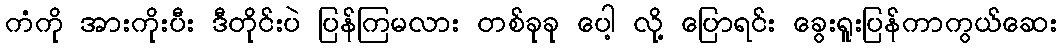
ကံကို အားကိုးပီး ဒီတိုင်းပဲ ပြန်ကြမလား တစ်ခုခု ပေါ့ လို့ ပြောရင်း ခွေးရူးပြန်ကာကွယ်ဆေး